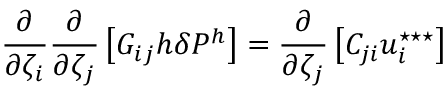
\frac { \partial } { \partial \zeta _ { i } } \frac { \partial } { \partial \zeta _ { j } } \left[ G _ { i j } { h } \delta P ^ { { h } } \right] = \frac { \partial } { \partial \zeta _ { j } } \left[ C _ { j i } u _ { i } ^ { \star \star \star } \right]